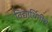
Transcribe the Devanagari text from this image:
विद्यार्थिनींचे